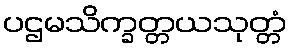
ပဌမသိက္ခတ္တယသုတ္တံ